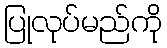
ပြုလုပ်မည်ကို